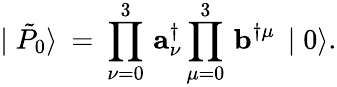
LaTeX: \mid\tilde{P}_{0}\rangle\: =\: \prod_{\nu=0}^{3}\, {\mathbf a}_{\nu}^{\dagger}\prod_{\mu=0}^{3}\, {\mathbf b}^{\dagger\mu}\, \mid 0\rangle.